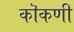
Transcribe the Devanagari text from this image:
कॊकणी